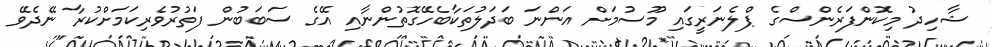
ޝާހިދު މިކޮންފަރެންސްގެ ޕްލެނަރީގައި މޫސުމަށް އަންނަ ބަދަލުތަކާބެހޭގޮތުންނާއި އޭގެ ސަބަބުން ފަތުރުވެރިކަމަށްކުރާ ނޭދެވޭ